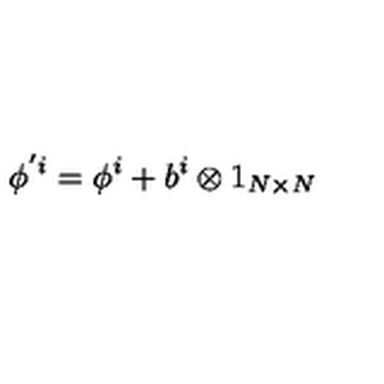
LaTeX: \phi ^ { ' i } = \phi ^ { i } + b ^ { i } \otimes 1 _ { N \times N }